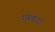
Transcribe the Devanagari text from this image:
गुम्बद।